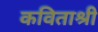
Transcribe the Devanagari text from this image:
कविताश्री